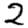
Digit: 2